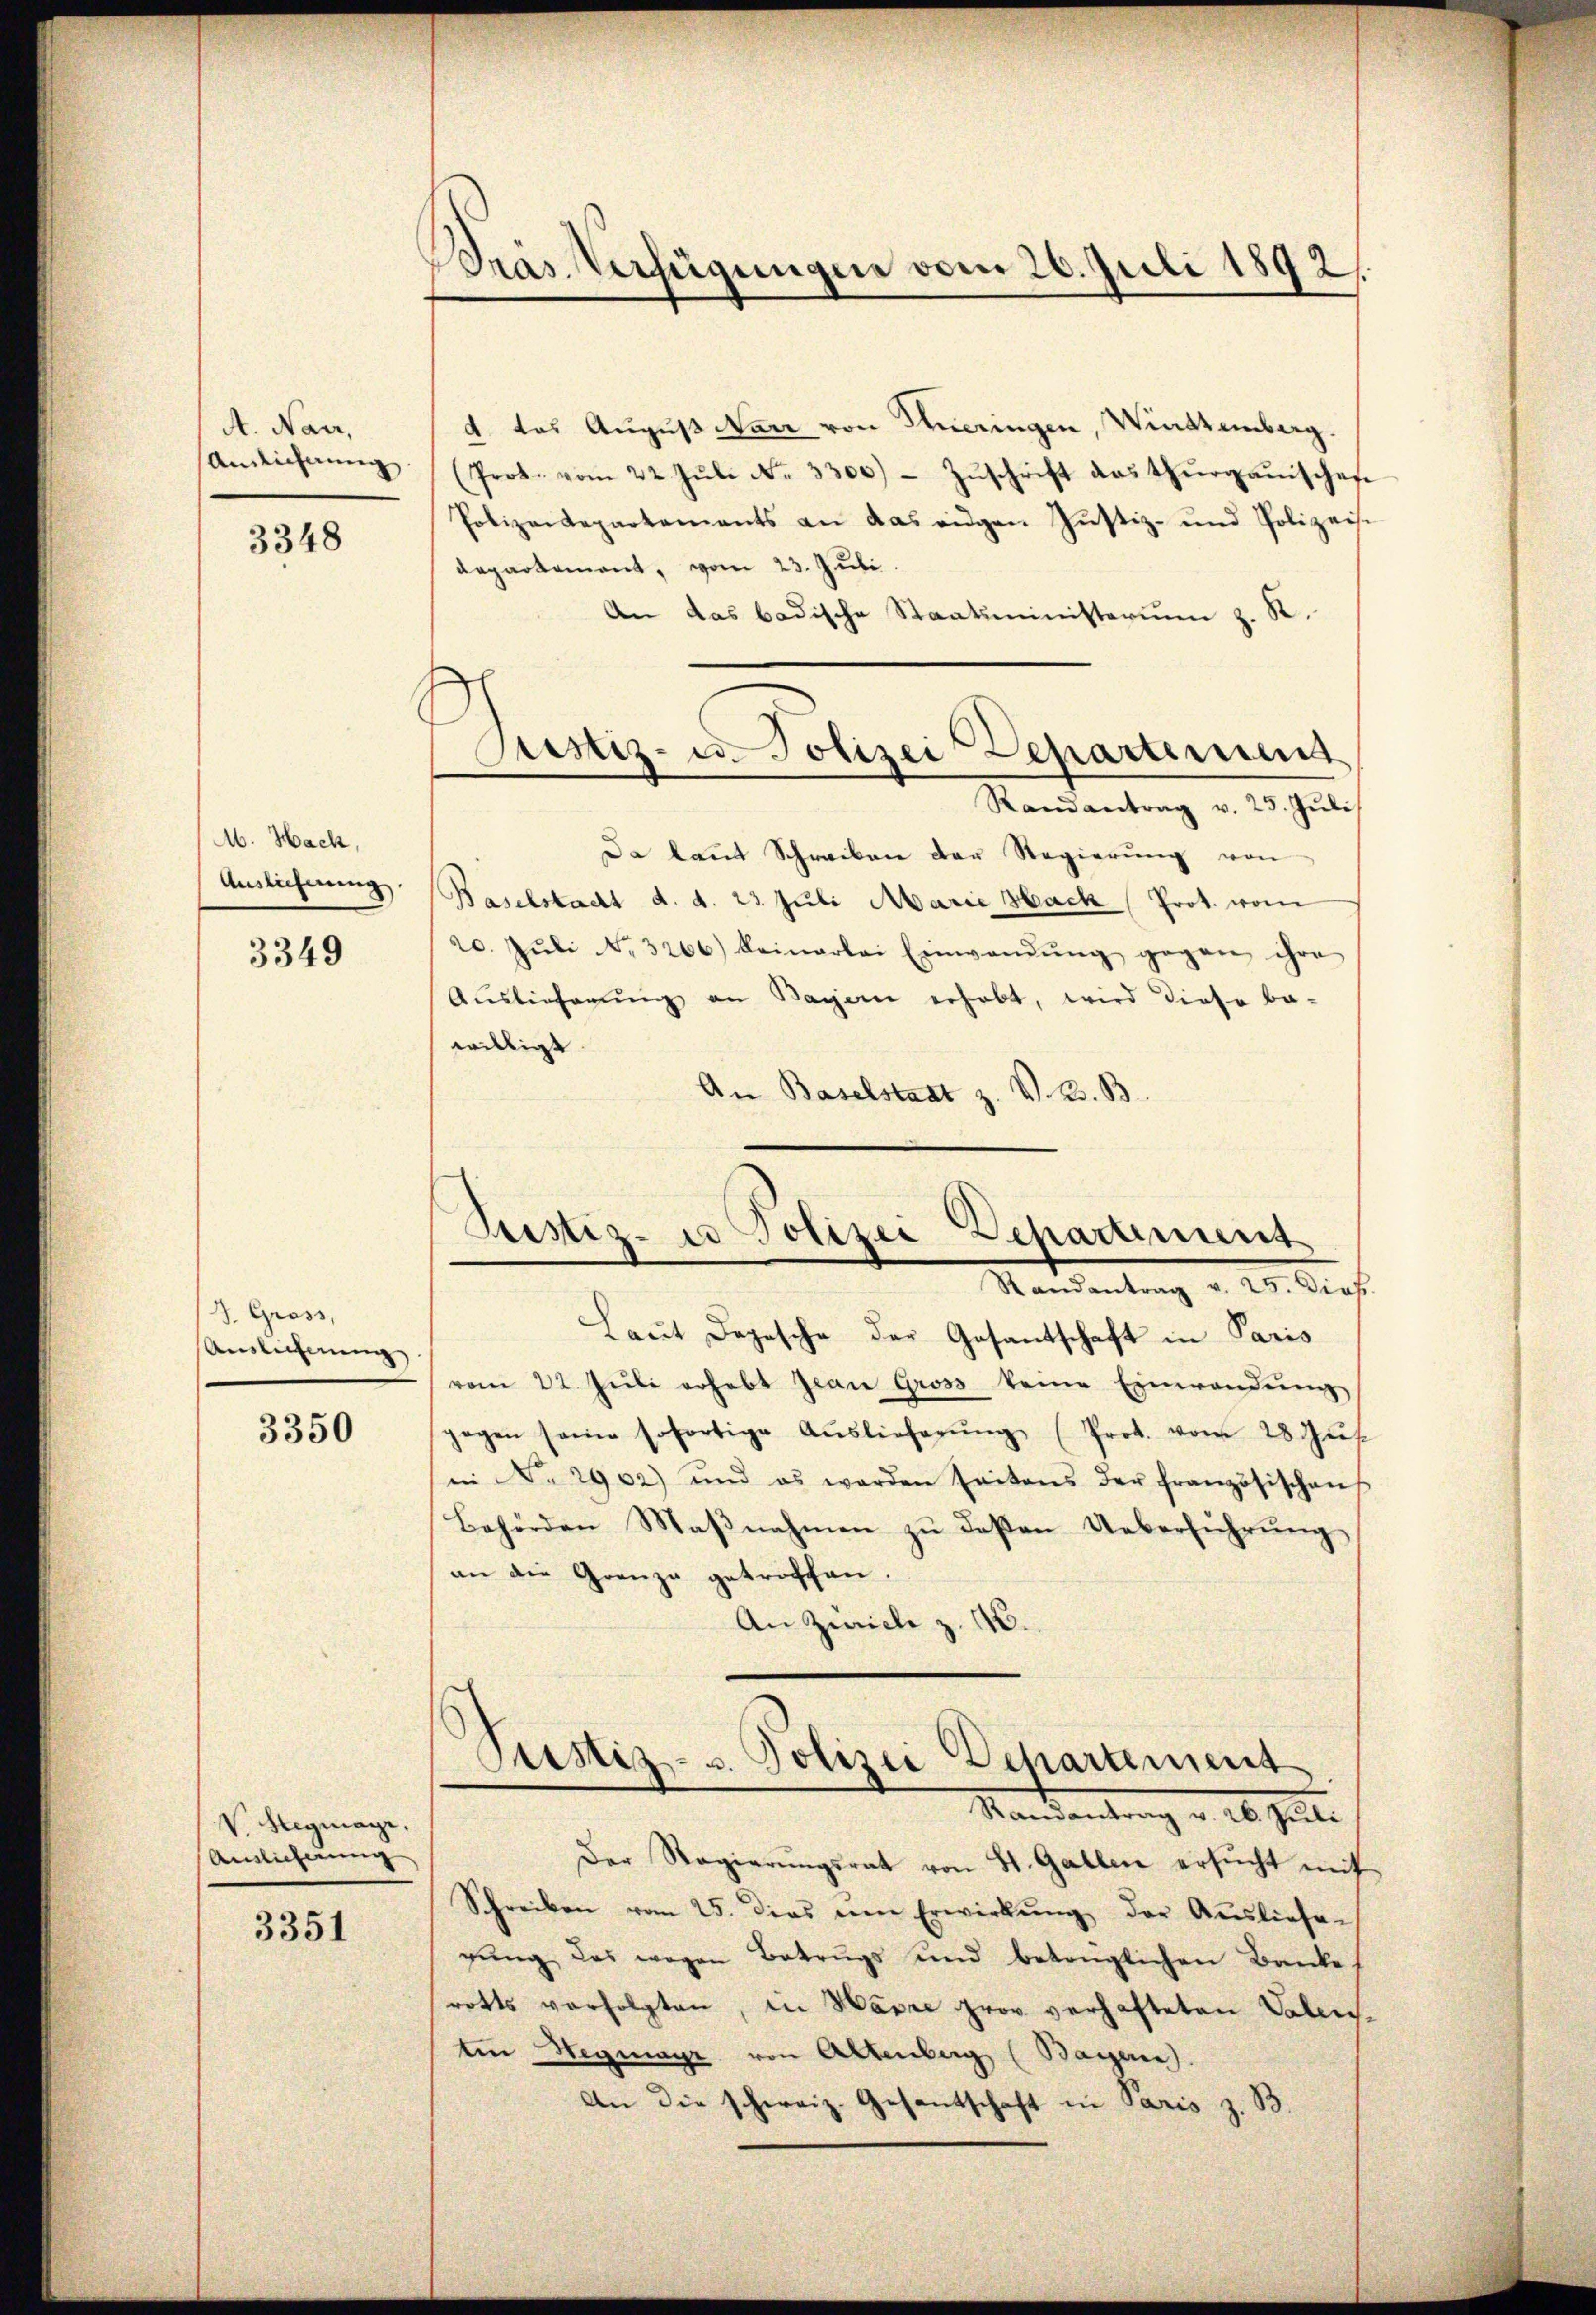
A. Nan,
Anzeichnung

3348

M. Hach,
Auslieferung
5)

3349

J. Gross,
Auslichnung

3350

V. Stegmaye,
Anslicherung

3351

Präs. Verfügungen vom 26. Juli 1892.

Justiz- u. Polizei Departement

4 das August Narr von Hueringen, Windtemberg.
(Prot. vom 22. Jŭli Nr. 3300) - Zŭschrift das thurgauischen
Polizeidepartements an das eigen Justiz- und Polizeise
departement, von 23. Juli.
An das badische Staatsministerium z. R.
Randantrag v. 23. Juli
Da kant Schreiben der Regierŭng von
Baselstacht d. d. 23. Juli Marie Hack (Prot. vom
20. Jŭli No 3266) beinarlei Einwandŭng gegen ihre
Auslieferŭng an Bagen erhabt, wird diese be-
willigt
An Baselstadt z. V. B. B
Laut Depesche der Gesantschaft in Paris
vom 22. Jŭli erhebt Jean Gross keine Einwendŭng
gegen seine sofortige Aŭslieferŭng (Prot. vom 28. Jŭs
in No. 2902) und es werden seitens der französischen
Behörden Maβnahmen zu deßen Ueberführung
s
an die Grenze getroffen.
An Zwicke z. 16.
Justiz- u. Polizei Departement
Mandantung v. 20. Juli
Der Regierŭngsrat von St. Gallen ersŭcht mit
Schreiben vom 25. dies dem Erwirkŭng der Ausliefe-
gŭng des wegen Betrugs und betrüglichen Banke.
rotts verfolgten, in Havre prov verhafteten Vaterten Wegmayr von Altenberg (Bayern)
An die schweiz. Gesantschaft in Paris z. B

Justiz-co Polizei Departement
Randantrag v. 25. Dies